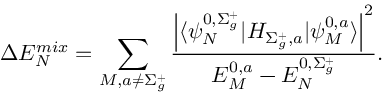
\Delta E _ { N } ^ { m i x } = \sum _ { M , a \neq \Sigma _ { g } ^ { + } } \frac { \left| \langle \psi _ { N } ^ { 0 , \Sigma _ { g } ^ { + } } | H _ { \Sigma _ { g } ^ { + } , a } | \psi _ { M } ^ { 0 , a } \rangle \right| ^ { 2 } } { E _ { M } ^ { 0 , a } - E _ { N } ^ { 0 , \Sigma _ { g } ^ { + } } } .